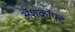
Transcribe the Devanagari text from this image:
ॲशक्रॉफ्ट